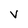
Character: v